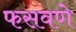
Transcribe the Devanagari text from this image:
फसवणे